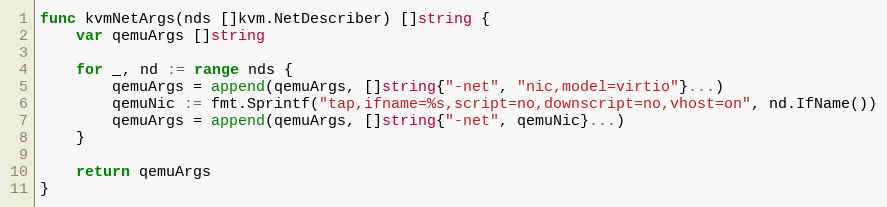
Language: Go
func kvmNetArgs(nds []kvm.NetDescriber) []string {
	var qemuArgs []string

	for _, nd := range nds {
		qemuArgs = append(qemuArgs, []string{"-net", "nic,model=virtio"}...)
		qemuNic := fmt.Sprintf("tap,ifname=%s,script=no,downscript=no,vhost=on", nd.IfName())
		qemuArgs = append(qemuArgs, []string{"-net", qemuNic}...)
	}

	return qemuArgs
}